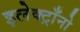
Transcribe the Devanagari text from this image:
इलेक्ट्राँनो